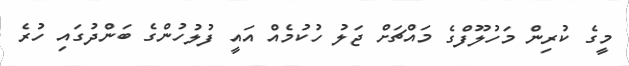
މީގެ ކުރިން މަހުލޫފްގެ މައްޗަށް ޖަލު ހުކުމެއް އައީ ފުލުހުންގެ ބަންދުގައި ހުރެ